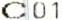
C01